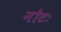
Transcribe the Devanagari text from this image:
नोटः